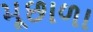
મૂછાળા